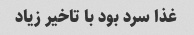
غذا سرد بود با تاخیر زیاد